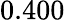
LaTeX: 0.400